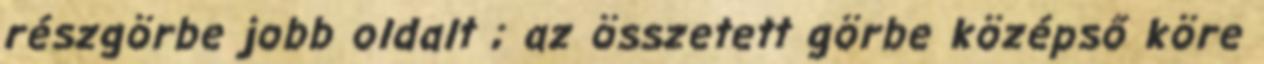
részgörbe jobb oldalt ; az összetett görbe középső köre